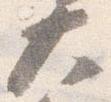
大